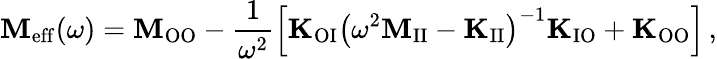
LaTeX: \mathbf{M}_{\mathrm{eff}}(\omega)=\mathbf{M}_{\mathrm{OO}}-\frac{1}{\omega^{2}}\left[\mathbf{K}_{\mathrm{OI}}\left(\omega^{2}\mathbf{M}_{\mathrm{II}}-\mathbf{K}_{\mathrm{II}}\right)^{-1}\mathbf{K}_{\mathrm{IO}}+\mathbf{K}_{\mathrm{OO}}\right]\, ,